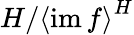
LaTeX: H/{\left\langle\operatorname{im}f\right\rangle}^{H}